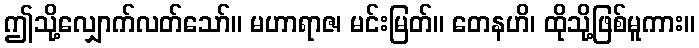
ဤသို့လျှောက်လတ်သော်။ မဟာရာဇ၊ မင်းမြတ်။ တေနဟိ၊ ထိုသို့ဖြစ်မူကား။